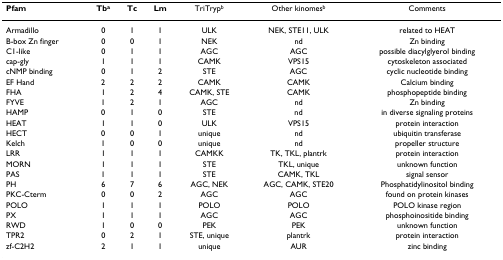
| Pfam | Tba | Tc | Lm | TriTrypb | Other kinomesb | Comments |
 | --- | --- | --- | --- | --- | --- | --- |
 | Armadillo | 0 | 1 | 1 | ULK | NEK, STE11, ULK | related to HEAT |
 | B-box Zn finger | 0 | 0 | 1 | NEK | nd | Zn binding |
 | C1-like | 0 | 1 | 1 | AGC | AGC | possible diacylglyerol binding |
 | cap-gly | 1 | 1 | 1 | CAMK | VPS15 | cytoskeleton associated |
 | cNMP binding | 0 | 1 | 2 | STE | AGC | cyclic nucleotide binding |
 | EF Hand | 2 | 2 | 2 | CAMK | CAMK | Calcium binding |
 | FHA | 1 | 2 | 4 | CAMK, STE | CAMK | phosphopeptide binding |
 | FYVE | 1 | 2 | 1 | AGC | nd | Zn binding |
 | HAMP | 0 | 1 | 0 | STE | nd | in diverse signaling proteins |
 | HEAT | 1 | 1 | 0 | ULK | VPS15 | protein interaction |
 | HECT | 0 | 0 | 1 | unique | nd | ubiquitin transferase |
 | Kelch | 1 | 0 | 0 | unique | nd | propeller structure |
 | LRR | 1 | 1 | 1 | CAMKK | TK, TKL, plantrk | protein interaction |
 | MORN | 1 | 1 | 1 | STE | TKL, unique | unknown function |
 | PAS | 1 | 1 | 1 | STE | CAMK, TKL | signal sensor |
 | PH | 6 | 7 | 6 | AGC, NEK | AGC, CAMK, STE20 | Phosphatidylinositol binding |
 | PKC-Cterm | 0 | 0 | 2 | AGC | AGC | found on protein kinases |
 | POLO | 1 | 1 | 1 | POLO | POLO | POLO kinase region |
 | PX | 1 | 1 | 1 | AGC | AGC | phosphoinositide binding |
 | RWD | 1 | 0 | 0 | PEK | PEK | unknown function |
 | TPR2 | 0 | 2 | 1 | STE, unique | plantrk | protein interaction |
 | zf-C2H2 | 2 | 1 | 1 | unique | AUR | zinc binding |